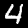
Label: 4